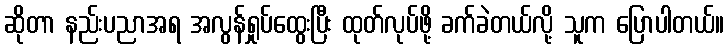
ဆိုတာ နည်းပညာအရ အလွန်ရှုပ်ထွေးပြီး ထုတ်လုပ်ဖို့ ခက်ခဲတယ်လို့ သူက ပြောပါတယ်။